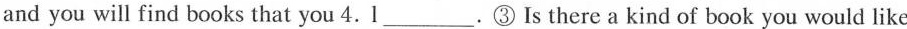
and you will find books that you 4. l___.③ Is there a kind of book you would like